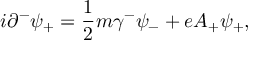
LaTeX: i { \partial } ^ { - } { \psi } _ { + } = \frac { 1 } { 2 } m { \gamma } ^ { - } { \psi } _ { - } + e A _ { + } { \psi } _ { + } ,